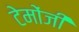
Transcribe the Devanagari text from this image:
टेमोंजी